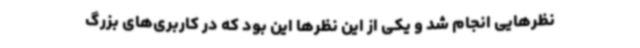
نظرهایی انجام شد و یکی از این نظرها این بود که در کاربری‌های بزرگ